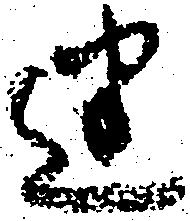
迷